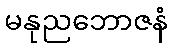
မနုညဘောဇနံ